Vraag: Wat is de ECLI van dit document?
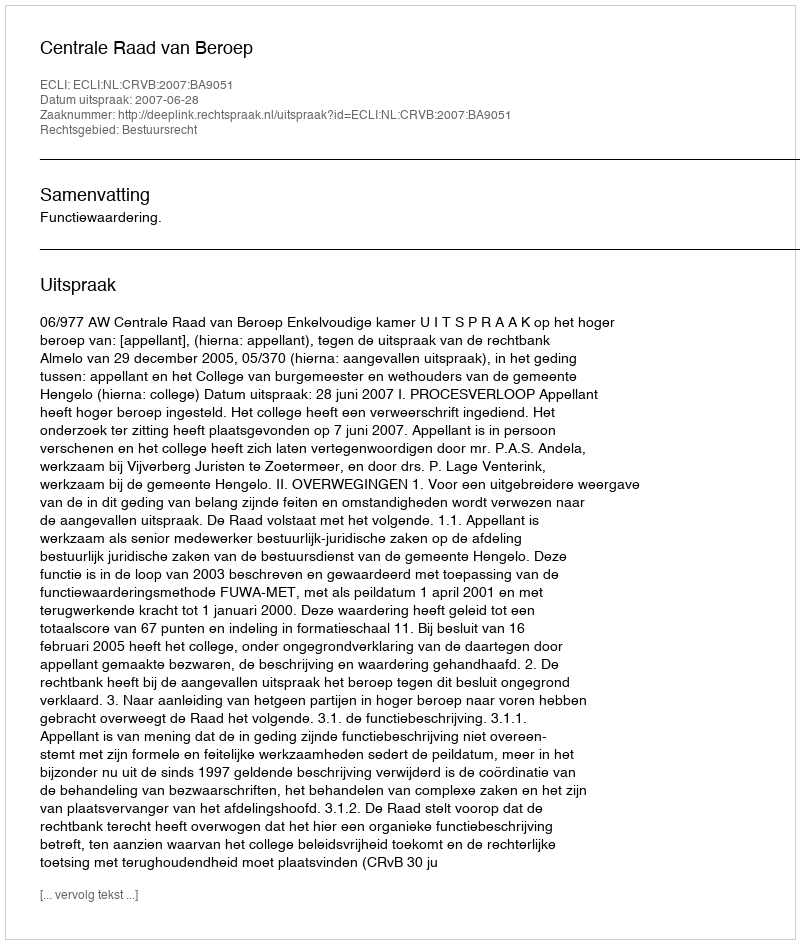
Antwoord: ECLI:NL:CRVB:2007:BA9051